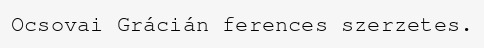
Ocsovai Grácián ferences szerzetes.